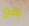
هو